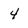
Character: 4